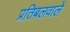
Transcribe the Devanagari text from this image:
प्रतिबलवाले